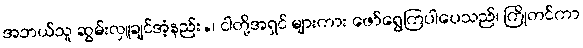
အဘယ်သူ ဆွမ်းလှူချင်အံ့နည်း.၊ ငါတို့အရှင် များကား ဖော်ရွေကြပါပေသည်၊ ကြိုတင်ကာ